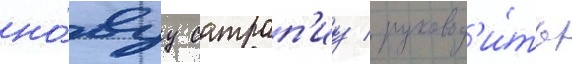
но́вуу сатрап'иу / руковод'и́ть